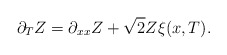
\begin{align*} \partial_T Z = \partial_{xx} Z + \sqrt{2} Z \xi(x,T).\end{align*}